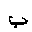
Letter: _ba